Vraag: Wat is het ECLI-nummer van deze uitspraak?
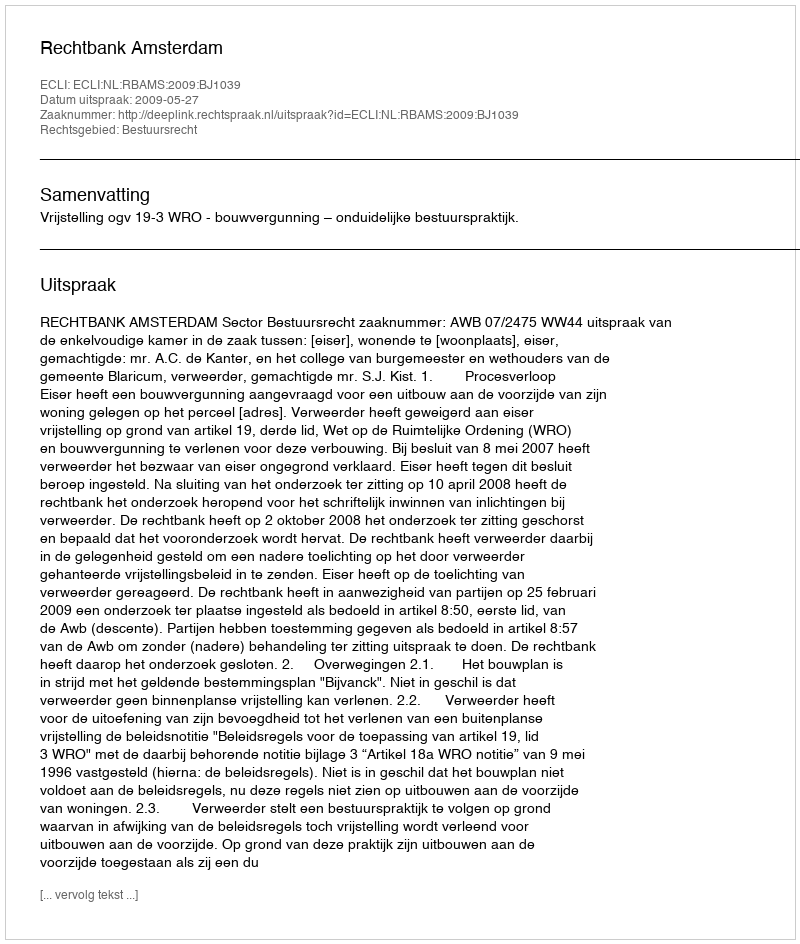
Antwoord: ECLI:NL:RBAMS:2009:BJ1039